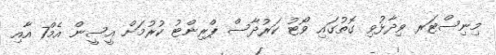
މިނިސްޓަރ ވިދާޅުވި ގޮތުގައި ވޯޓު ކަރުދާސް ޕްރިންޓު ކުރުމަށް އީސީން އެމް7 އާއި